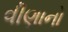
વીણાનો